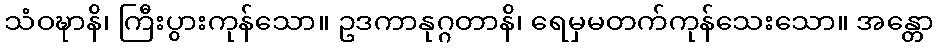
သံဝဍ္ဎာနိ၊ ကြီးပွားကုန်သော။ ဥဒကာနုဂ္ဂတာနိ၊ ရေမှမတက်ကုန်သေးသော။ အန္တော